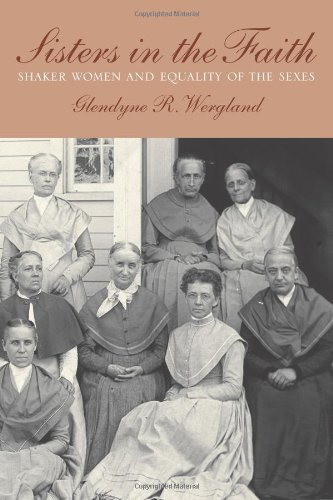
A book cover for Sisters in the Faith: Shaker Women and Equality of the Sexes; Glendyne Wergland; Christian Books & Bibles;